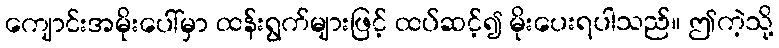
ကျောင်းအမိုးပေါ်မှာ ထန်းရွက်များဖြင့် ထပ်ဆင့်၍ မိုးပေးရပါသည်။ ဤကဲ့သို့